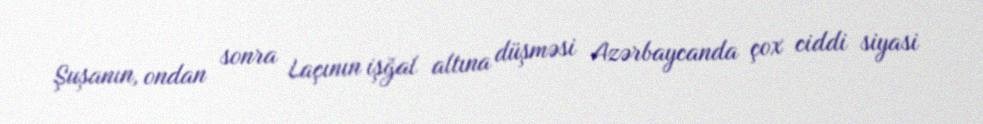
Şuşanın, ondan sonra Laçının işğal altına düşməsi Azərbaycanda çox ciddi siyasi